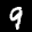
Label: 9